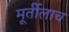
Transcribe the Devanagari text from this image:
मूर्तीलाच